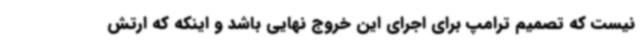
نیست که تصمیم ترامپ برای اجرای این خروج نهایی باشد و اینکه که ارتش